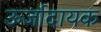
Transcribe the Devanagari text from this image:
ऊर्जादायक